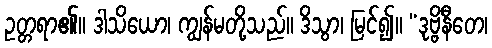
ဥတ္တရာ၏။ ဒါသိယော၊ ကျွန်မတို့သည်။ ဒိသွာ၊ မြင်၍။ “ဒုဗ္ဗိနီတေ၊